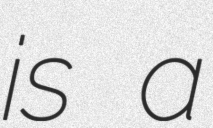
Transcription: is a